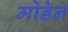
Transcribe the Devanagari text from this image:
मोडेन